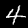
Digit: 4